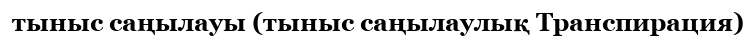
тыныс саңылауы (тыныс саңылаулық Транспирация)